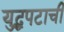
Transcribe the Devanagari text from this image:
युद्धपटाची